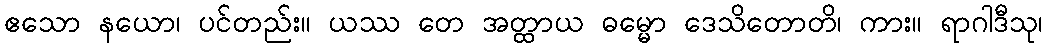
ဧသော နယော၊ ပင်တည်း။ ယဿ တေ အတ္ထာယ ဓမ္မော ဒေသိတောတိ၊ ကား။ ရာဂါဒီသု၊